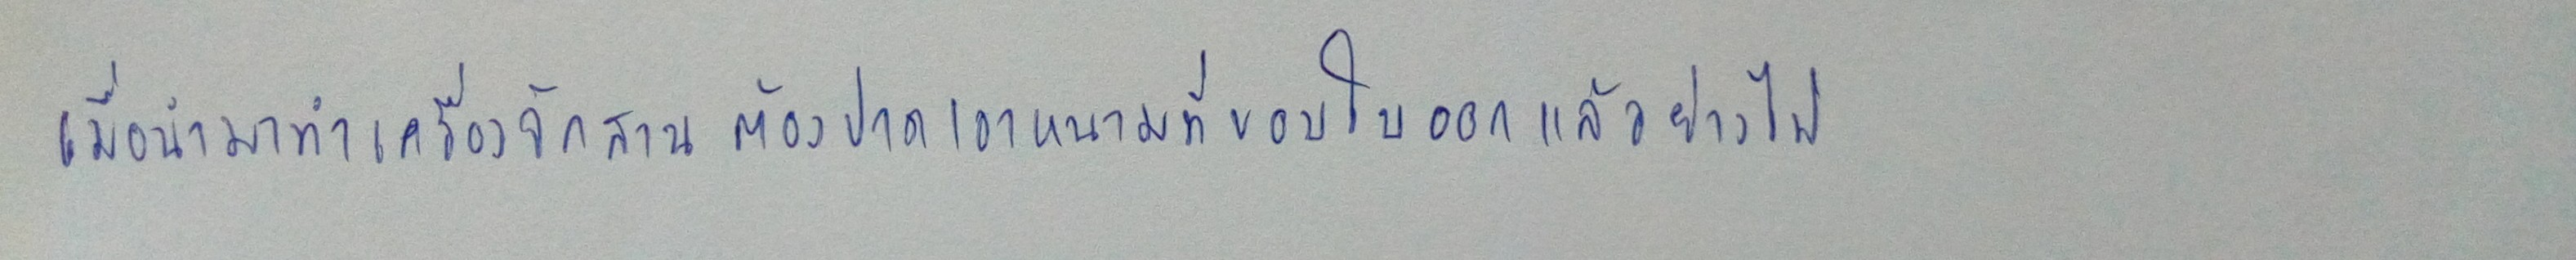
เมื่อนำมาทำเครื่องจักสานต้องปาดเอาหนามที่ขอบใบออกแล้วย่างไฟ